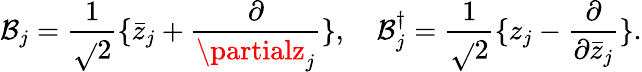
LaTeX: \mathcal{B}_{j}={\frac{{1}}{{\sqrt{}{2}}}}\{ \bar{{z}}_{j}+{\frac{{\partial}}{{\partialz_{j}}}}\} ,~~~~\mathcal{B}_{j}^{\dagger}={\frac{{1}}{{\sqrt{}{2}}}}\{ z_{j}-{\frac{{\partial}}{{\partial\bar{{z}}_{j}}}}\} .